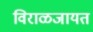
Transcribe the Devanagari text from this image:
विराळजायत